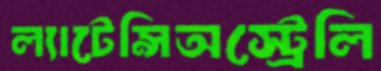
ল্যাটেন্সিঅস্ট্রেলি